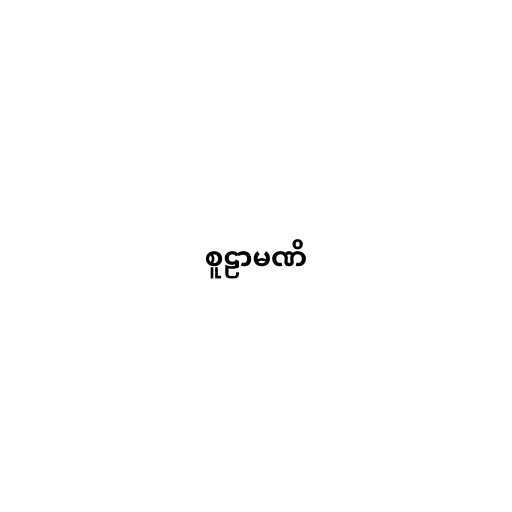
စူဠာမဏိ